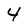
Character: 4